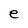
Character: e